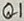
Text: Q1